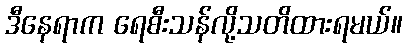
ဒီနေရာက ရေစီးသန်လို့သတိထားရမယ်။